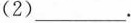
(2)__________。